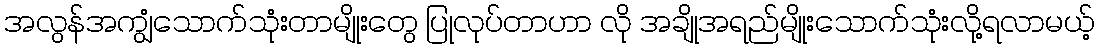
အလွန်အကျွံသောက်သုံးတာမျိုးတွေ ပြုလုပ်တာဟာ လို အချိုအရည်မျိုးသောက်သုံးလို့ရလာမယ့်